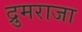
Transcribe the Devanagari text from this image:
द्रुमराजा